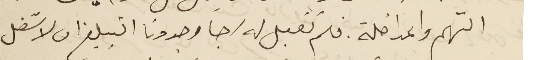
التهم والمداخلة. فلم تقبل له رجا وجددنا التبليغ ان لا شغل